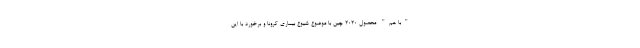
"با هم" محصول ۲۰۲۰ چین با موضوع شیوع بیماری کرونا و برخورد با این